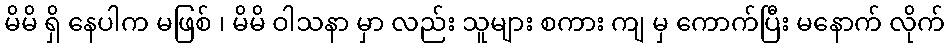
မိမိ ရှိ နေပါက မဖြစ် ၊ မိမိ ဝါသနာ မှာ လည်း သူများ စကား ကျ မှ ကောက်ပြီး မနောက် လိုက်